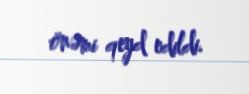
önəmi qeyd edildi.